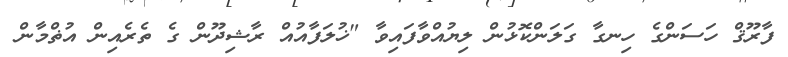
ފާރޫޤް ހަސަންގެ ހިނގާ ގަލަންކޮޅުން ލިޔުއްވާފައިވާ "ޚުލަފާއުއް ރާޝިދޫން ގެ ތެރެއިން އުޡްމާން